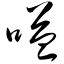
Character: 嗌